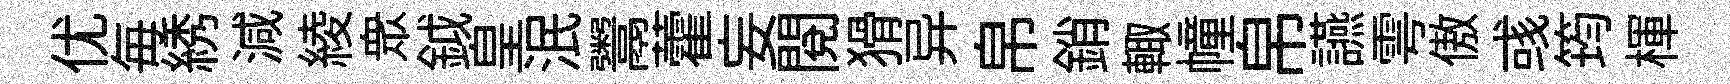
优毎綉減綾衆鉞皇泯鬻藿妄閲猾异帛銷輙幢帛讌雩傲彧筠楎